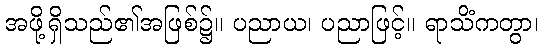
အဖို့ရှိသည်၏အဖြစ်၌။ ပညာယ၊ ပညာဖြင့်။ ရာသိံကတွာ၊